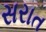
સરાત